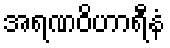
အရဏဝိဟာရီနံ